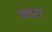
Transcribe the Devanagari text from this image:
फत्तरा